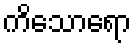
ကိသောရော